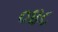
૦૪૮